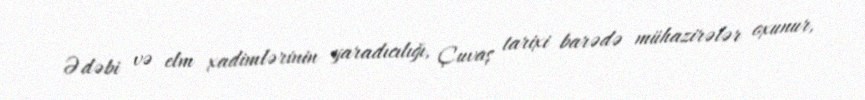
Ədəbi və elm xadimlərinin yaradıcılığı, Çuvaş tarixi barədə mühazirələr oxunur,